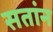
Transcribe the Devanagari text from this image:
सतांन